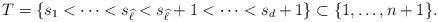
LaTeX: \begin{align*}T = \{s_1 < \cdots < s_{\widehat{\ell}} < s_{\widehat{\ell}}+1 < \cdots < s_d+1\} \subset \{1,\ldots,n+1\}.\end{align*}